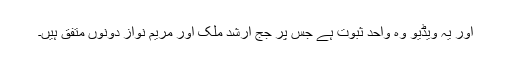
اور یہ ویڈیو وہ واحد ثبوت ہے جس پر جج ارشد ملک اور مریم نواز دونوں متفق ہیں۔